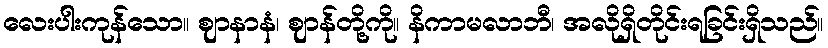
လေးပါးကုန်သော။ ဈာနာနံ၊ ဈာန်တို့ကို။ နိကာမလာဘီ၊ အလိုရှိတိုင်းရခြင်းရှိသည်။